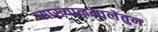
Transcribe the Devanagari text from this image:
व्याख्यानमालेतुन